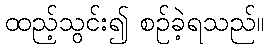
ထည့်သွင်း၍ စဉ်ခဲ့ရသည်။